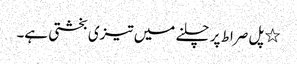
٭ پل صراط پر چلنے میں تیزی بخشتی ہے۔